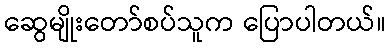
ဆွေမျိုးတော်စပ်သူက ပြောပါတယ်။